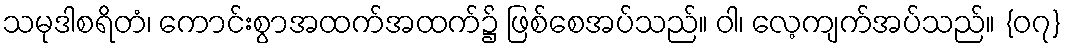
သမုဒါစရိတံ၊ ကောင်းစွာအထက်အထက်၌ ဖြစ်စေအပ်သည်။ ဝါ၊ လေ့ကျက်အပ်သည်။ {၀၇}